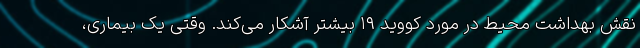
نقش بهداشت محیط در مورد کووید ۱۹ بیشتر آشکار می‌کند. وقتی یک بیماری،